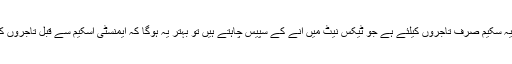
اگر پبلک آفس ہولڈرز کو الگ کرتے ہوئے یہ سکیم صرف تاجروں کیلئے ہے جو ٹیکس نیٹ میں آنے کے سپیس چاہتے ہیں تو بہتر یہ ہوگا کہ ایمنسٹی اسکیم سے قبل تاجروں کی تمام تنظیموں کا اعتماد حاصل کیا جائے۔